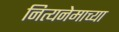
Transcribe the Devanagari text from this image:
नित्यनेमाच्या